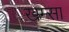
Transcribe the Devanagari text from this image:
खम्सा